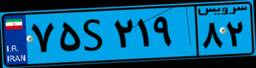
۷۵S۲۱۹۸۲